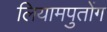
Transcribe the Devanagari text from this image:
लियामपुतोंग